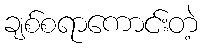
ချစ်စရာကောင်းတဲ့